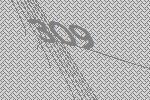
309